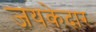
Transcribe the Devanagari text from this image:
जयकेदार